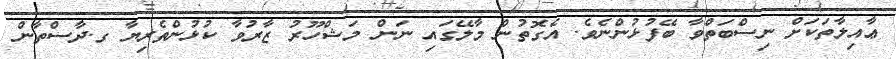
ޢާއިލާތަކަށް ނިސްބަތްވާ ބޭފުޅުންނެވެ. އެގޮތުން މާލޭގައި ނަން މަޝްހޫރު ޒާރުވާ ކުޅުންތެރިޔާ ގ.ދާސްތާން